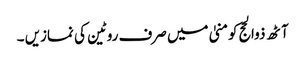
آٹھ ذوالحج کومنیٰ میں صرف روٹین کی نمازیں ۔